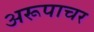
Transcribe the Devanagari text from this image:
अरूपाचर